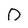
Character: 0